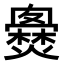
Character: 𤒐